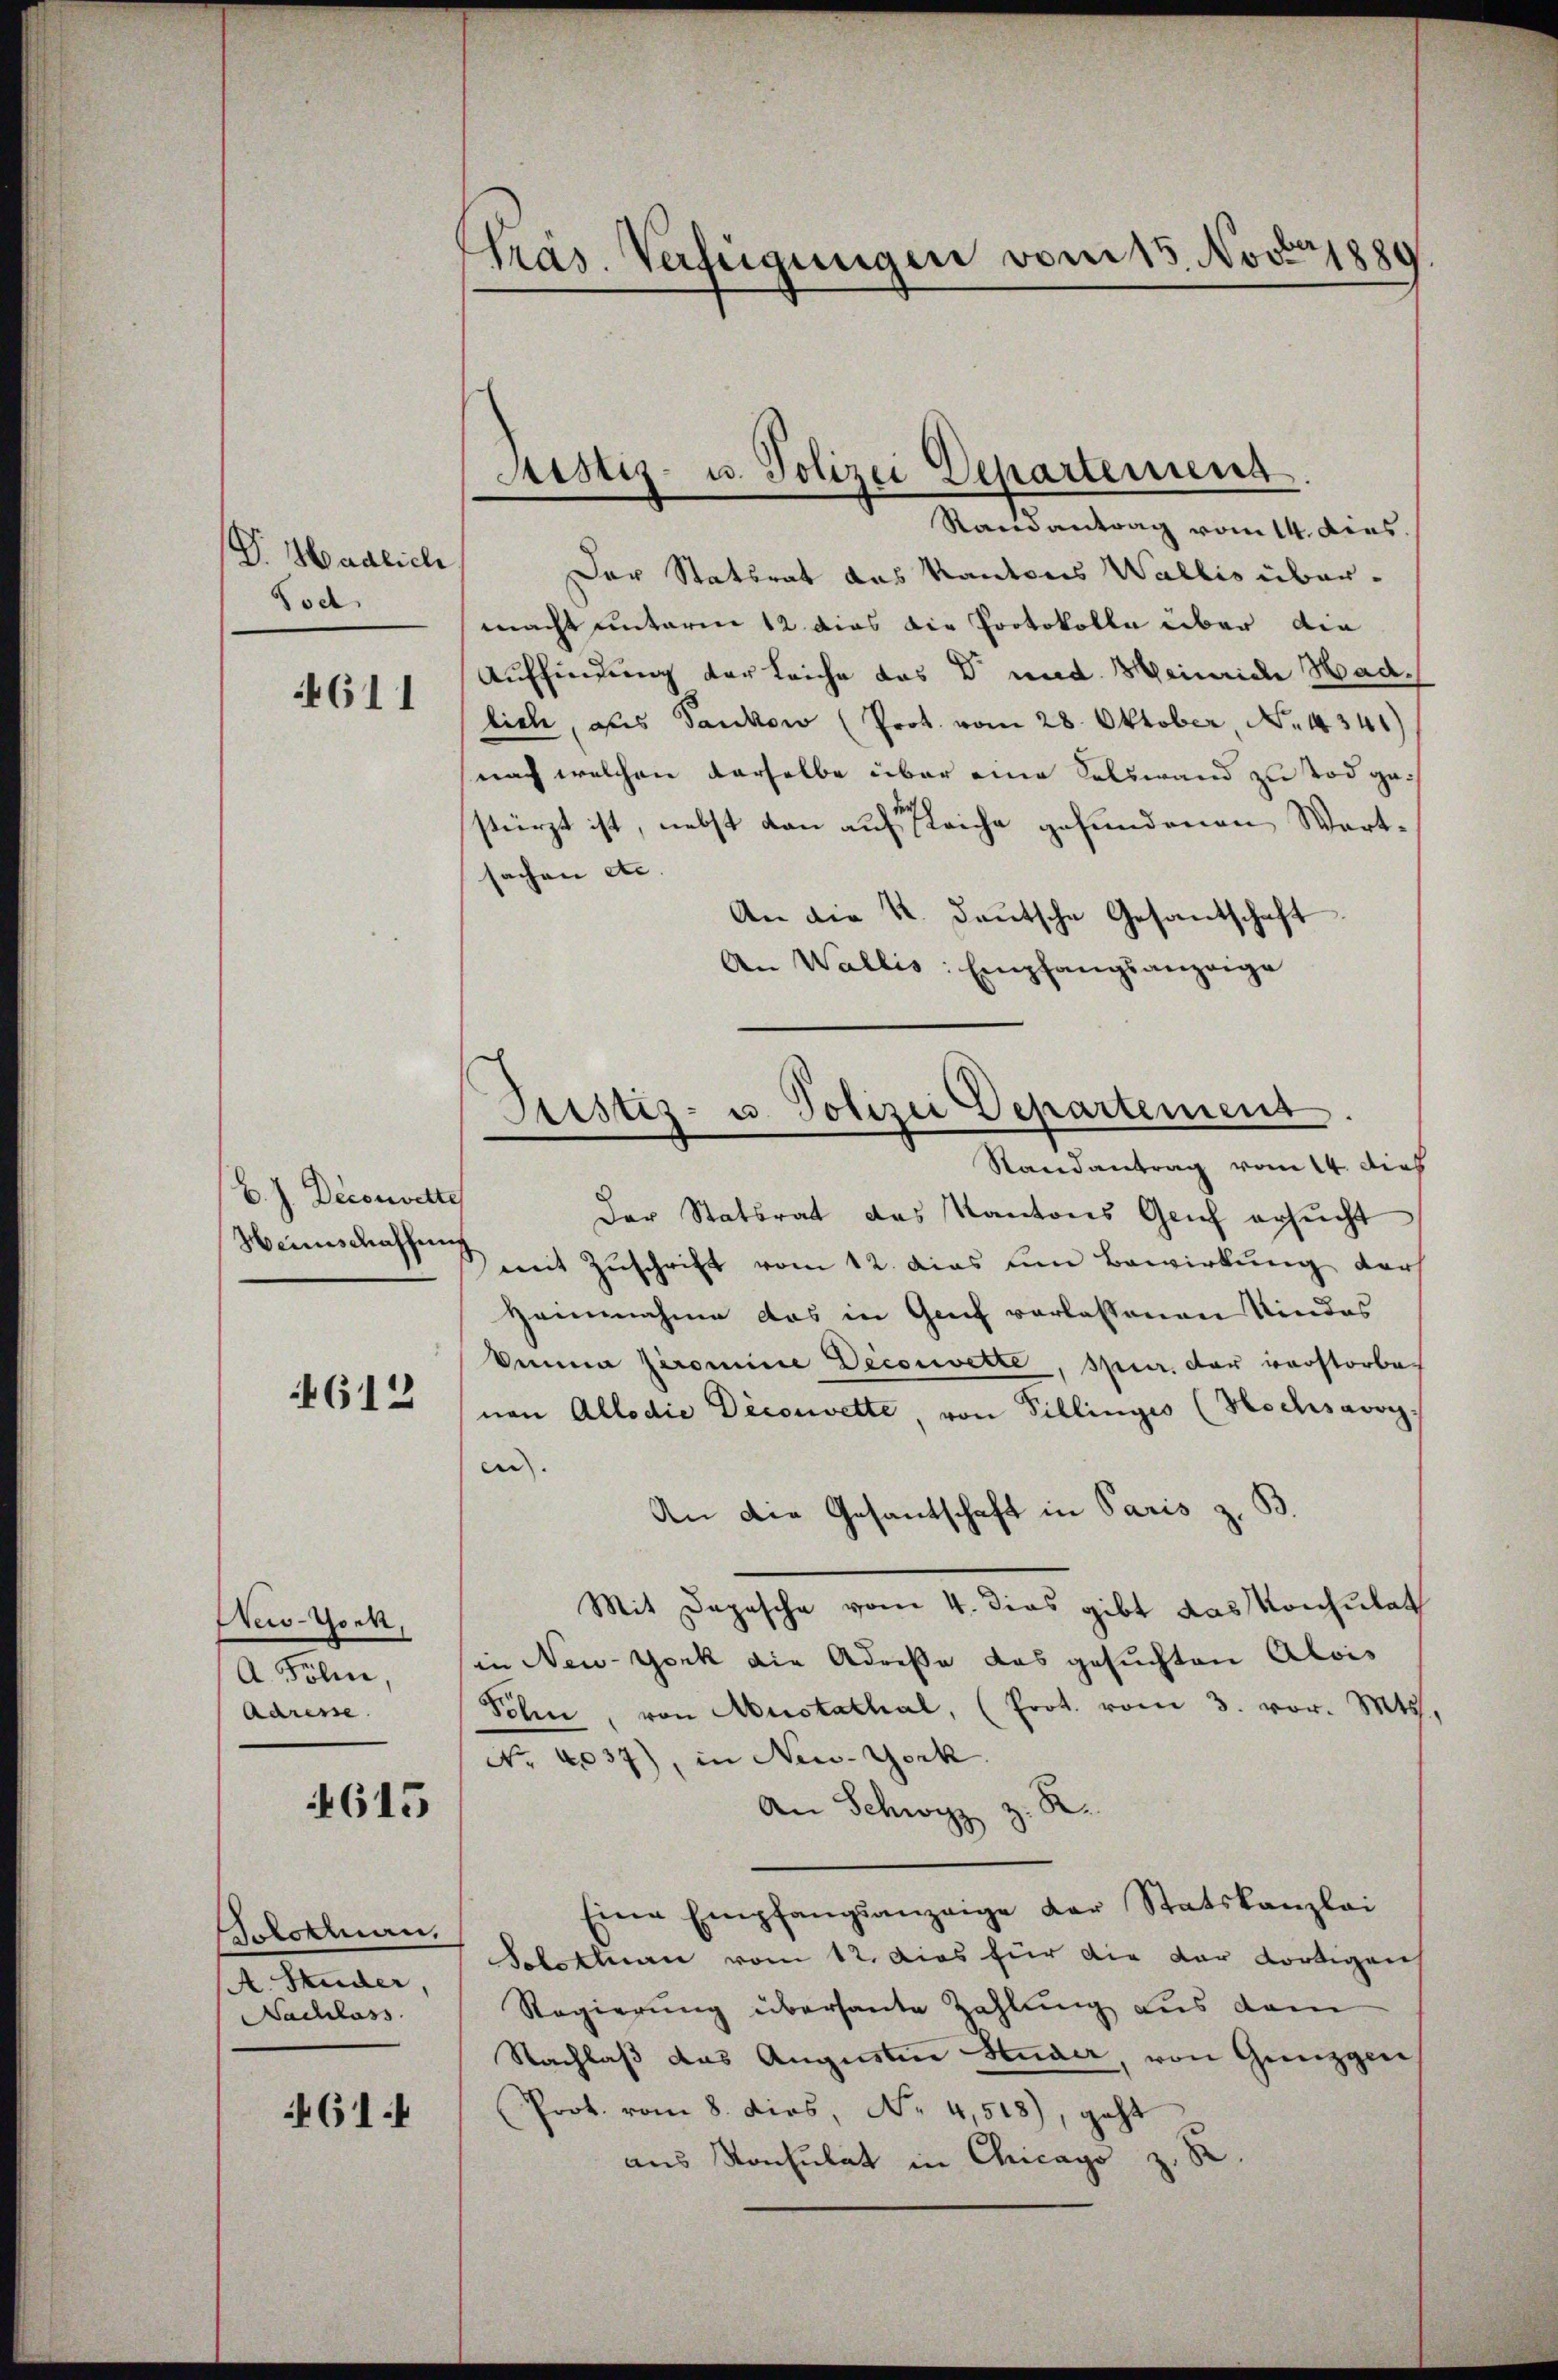
V. Hadlich
Tod

611

B. J. Deconwette
Heinschaffung

4612

New-York,
A. Foli
Adresse.

4615

Solothurn,
A. Studer,
Nachlass

61:

Pras. Verfügungen vom 15. Nov. 1889

Sistiz- u. Polizei Departement
Ramantrag vom 14. dies

Der Statsrat das Kantons Wallis über-
macht unterm 12 dies die Protokolle über die
Auffindung der Leiche das Dr. med. Heinriche Hadlich, als Sankow (Prot. vom 28. Oktober, No. 4341)
nach welchen derselbe über eine Kalswand zu Tod gestürzt ist, nebst dann auf gleiche gefundenen Wartsachen etc |
An die K. Deutsche Gesantschaft
An Wallis: Empfangsanzeige
Randantrag vom 14. dies
Der Statsrat des Kantons Genf ersŭcht
mit Zuschrift vom 12. das den Bewirkung der
Heinnahme das in Genf verlassenen Kindes
kemina Jeromine Deconvette, spur. der verstorbe
von Allodie Deconvette, von Pillingis (Hochsavoy-
en
An die Gesantschaft in Paris z. B.
Mit Depesche vom 4. dies gibt das Konsulat
in New-York die Adresse das gesuchten Alois
Sohn, von Austathal, (Prot. vom 3. vor. Mts.
Nro 4037), in New-York
An Schwyz z. R.
Eine Empfangsanzeige der Statskanzlei
Schottnau vom 12. dies für die der dortigeich
Regierung überhaute Zahlung aus dem
Nachlaß das Augusten Studer, von Geizger,
Prot. vom 8. dies, No. 4518), geht
aus Konsulat in Chicago z. B.

Justiz- u. Polizei Departement.